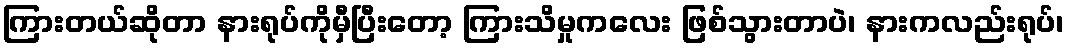
ကြားတယ်ဆိုတာ နားရုပ်ကိုမှီပြီးတော့ ကြားသိမှုကလေး ဖြစ်သွားတာပဲ၊ နားကလည်းရုပ်၊